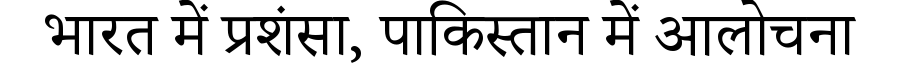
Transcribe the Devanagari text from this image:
भारत में प्रशंसा, पाकिस्तान में आलोचना